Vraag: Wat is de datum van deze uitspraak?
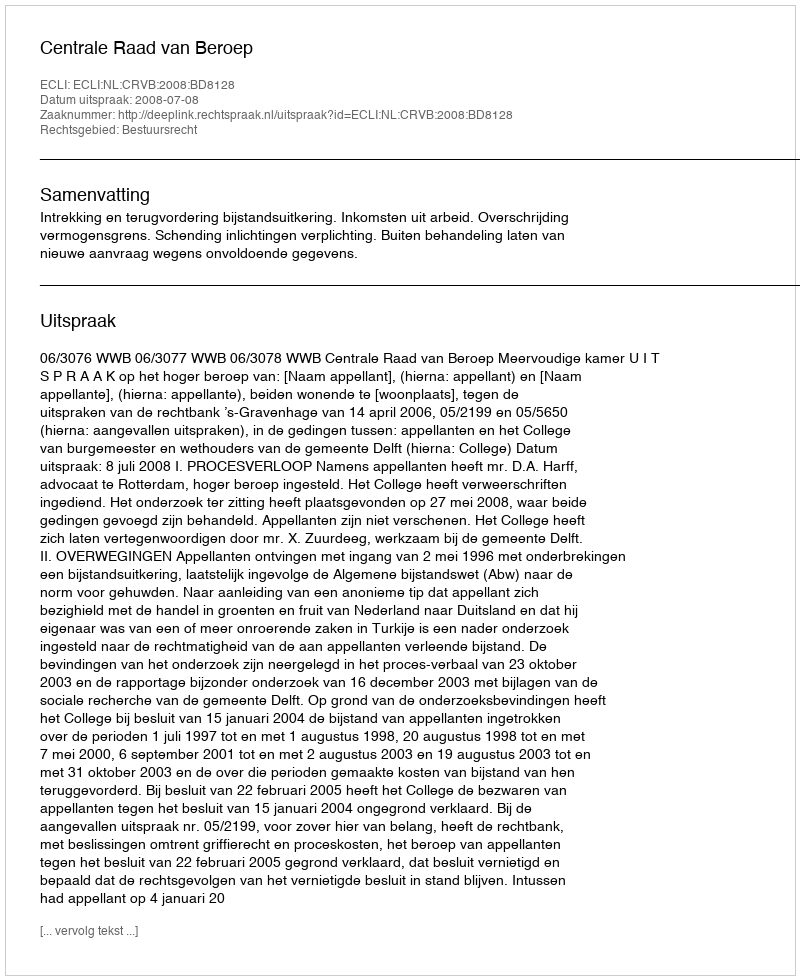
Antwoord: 2008-07-08